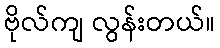
ဗိုလ်ကျ လွန်းတယ်။